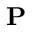
{ \bf P }